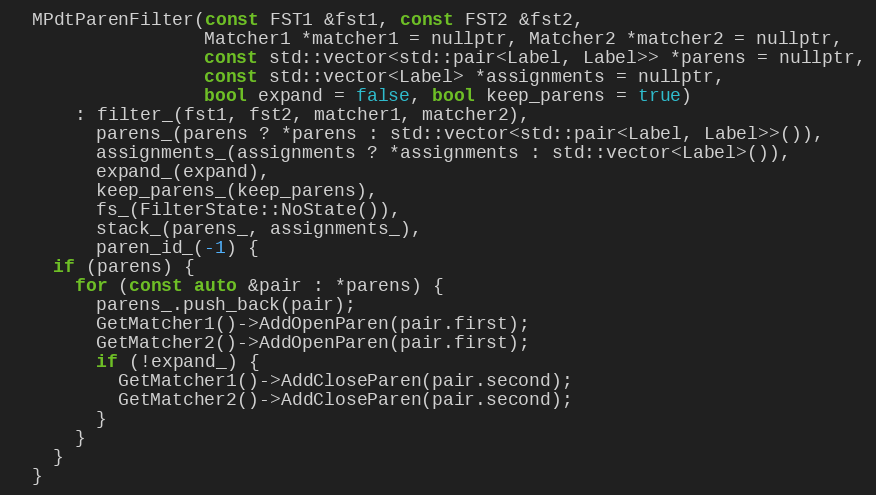
Language: C
  MPdtParenFilter(const FST1 &fst1, const FST2 &fst2,
                  Matcher1 *matcher1 = nullptr, Matcher2 *matcher2 = nullptr,
                  const std::vector<std::pair<Label, Label>> *parens = nullptr,
                  const std::vector<Label> *assignments = nullptr,
                  bool expand = false, bool keep_parens = true)
      : filter_(fst1, fst2, matcher1, matcher2),
        parens_(parens ? *parens : std::vector<std::pair<Label, Label>>()),
        assignments_(assignments ? *assignments : std::vector<Label>()),
        expand_(expand),
        keep_parens_(keep_parens),
        fs_(FilterState::NoState()),
        stack_(parens_, assignments_),
        paren_id_(-1) {
    if (parens) {
      for (const auto &pair : *parens) {
        parens_.push_back(pair);
        GetMatcher1()->AddOpenParen(pair.first);
        GetMatcher2()->AddOpenParen(pair.first);
        if (!expand_) {
          GetMatcher1()->AddCloseParen(pair.second);
          GetMatcher2()->AddCloseParen(pair.second);
        }
      }
    }
  }